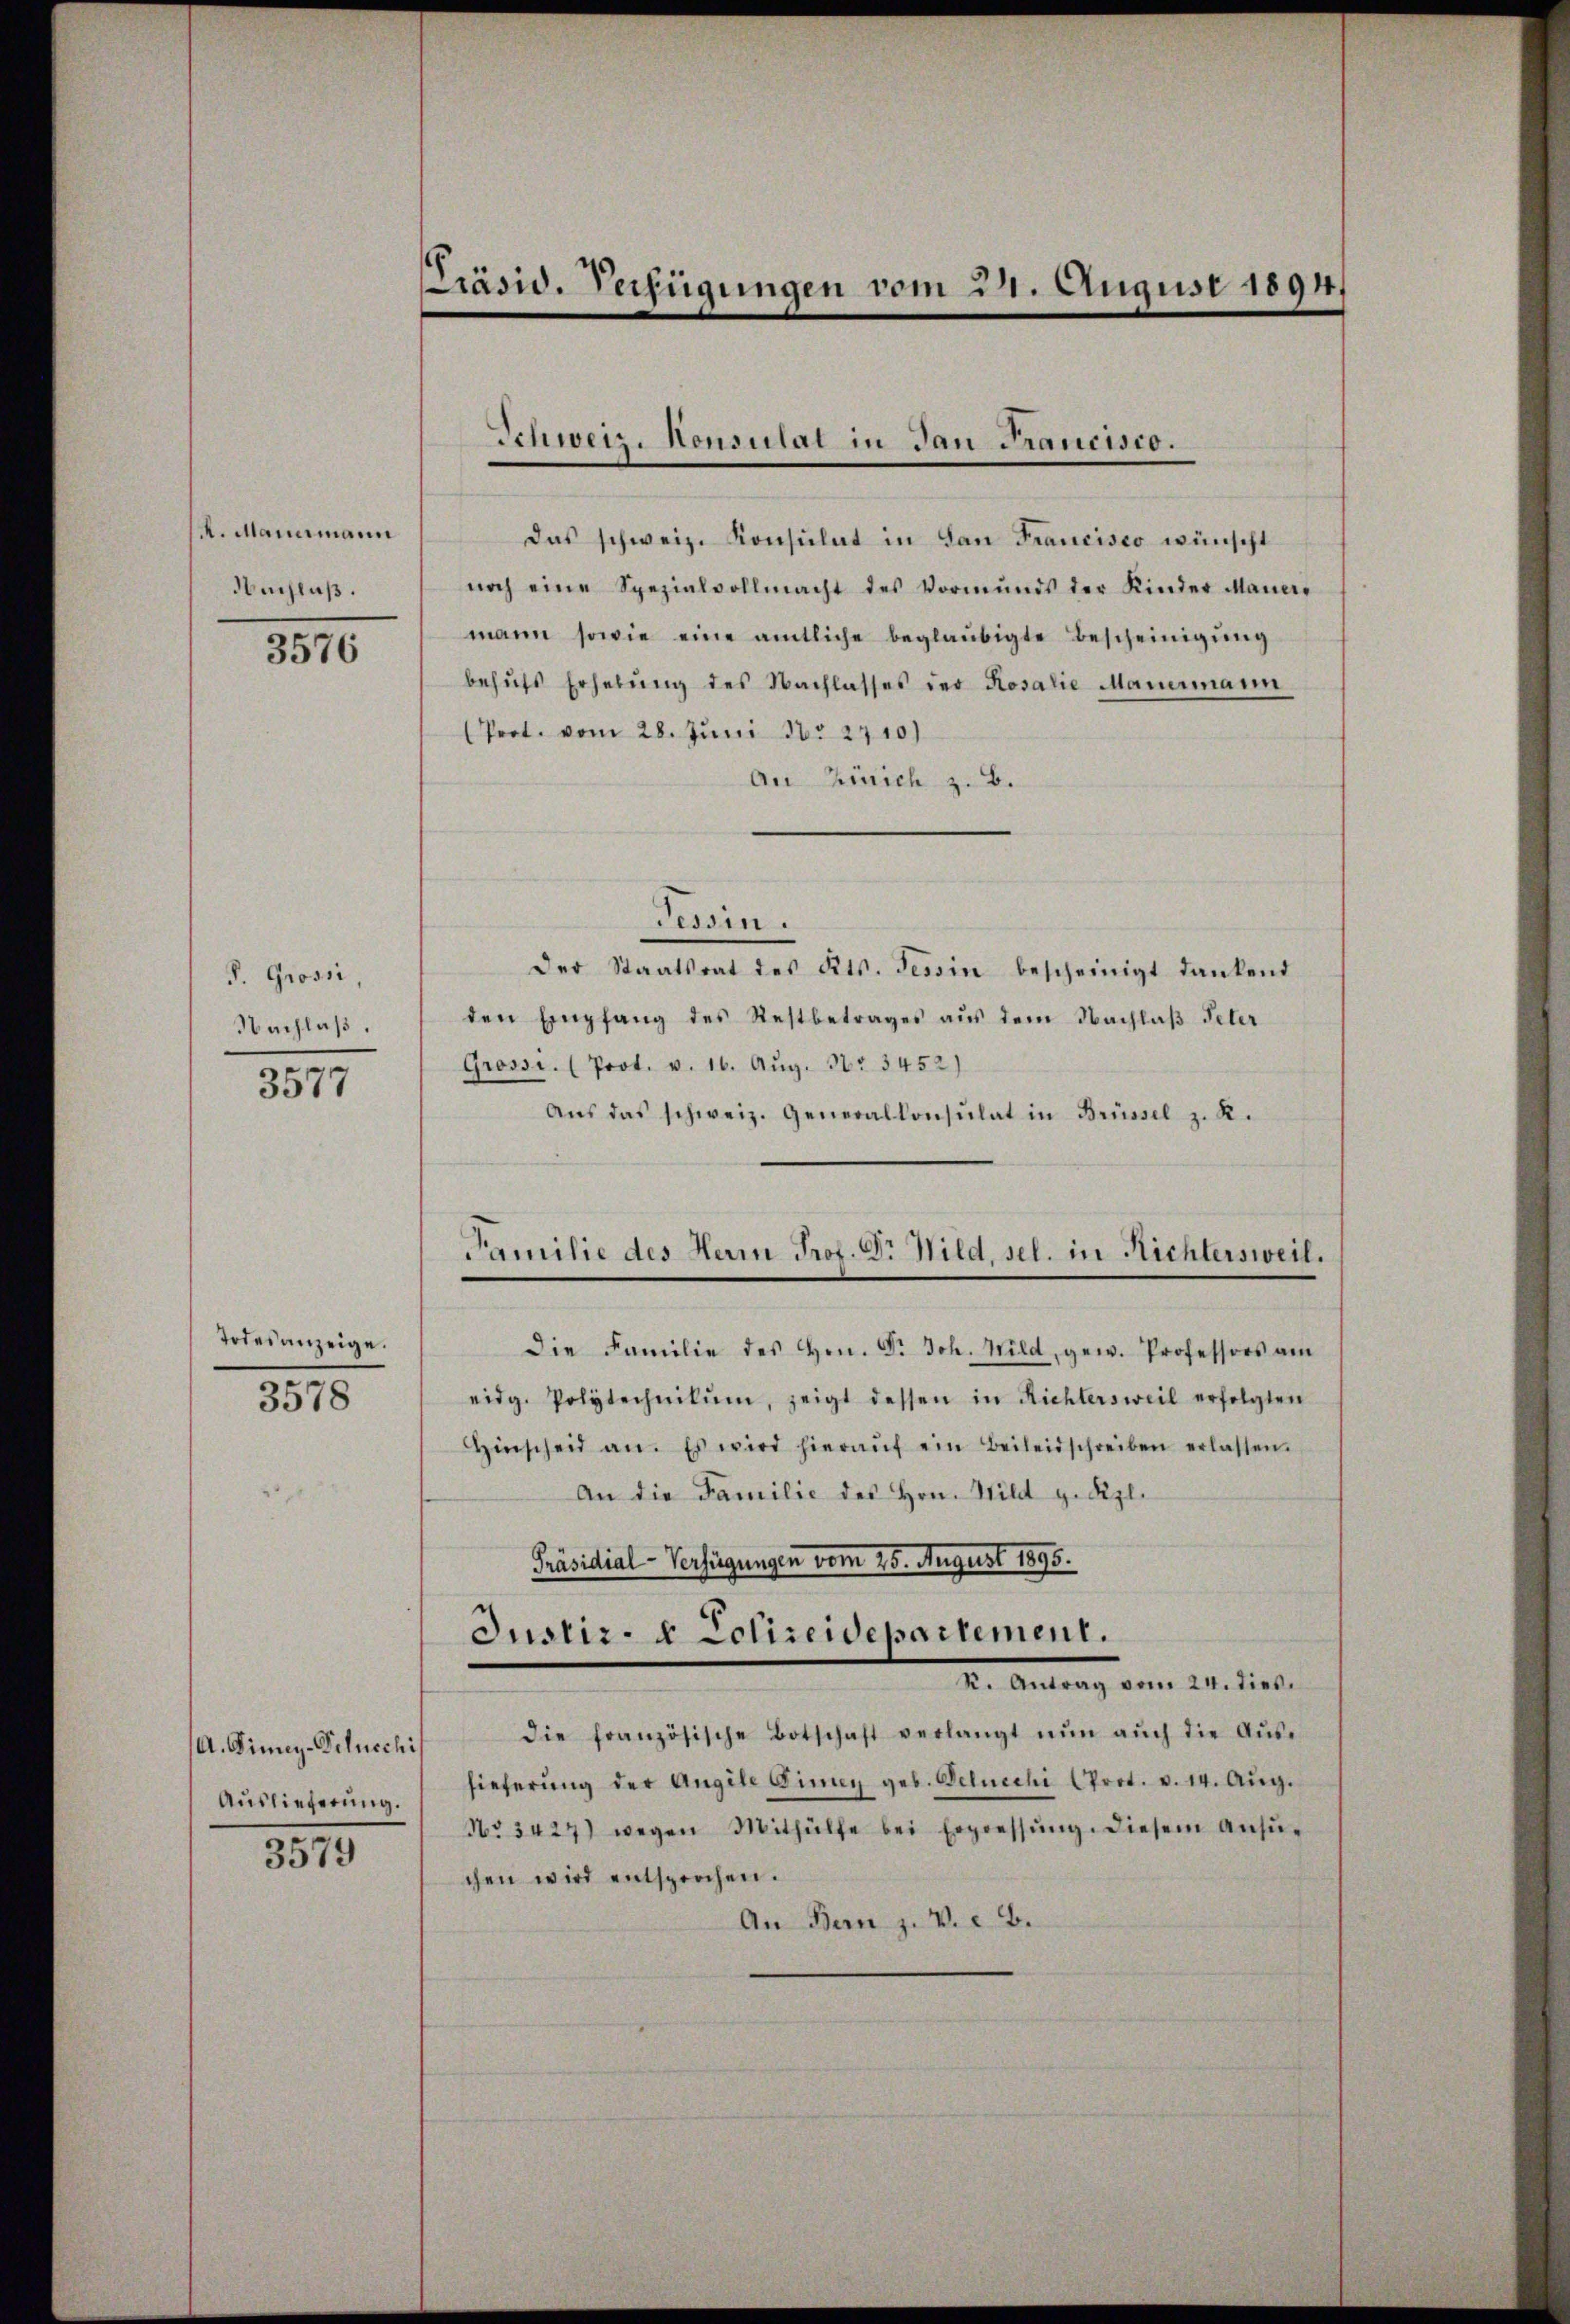
A. Mauermann
Nachlaß.

3576

P. Grossi
Nachlaß.

3577

Todesanzeige.
3578

A. Dimi-Schuechis
Auslieferung.

3579

Präsid. Verfügungen vom 22. August 1894.

Schweiz. Konsulat in dan Francisco.

Das schweiz. Konsulat in San Francisco wünscht
noch eine Spezialvollmacht des Vormŭnds der Kinder Mauer-
mann sowie eine amtliche beglaubigte Bescheinigŭng
behufs Erhebung des Nachlasses der Rosalie Mauermann
(Peot. vom 28. Juni No 2710)
An Zürich z. B.
Tessin.
Der Staatsrat des Kts. Tessin bescheinigt dankend
den Empfang des Restbetrages aus dem Nachlaß Peter
Grosse. (Prot. v. 16. Aŭg. Nr. 3452)
Aŭs das schweiz. Generalkonsulat in Brüssel z. R.
Familie des Herrn Prof. Dr. Wild, sel. in Richtersweil.
Die Familie des Hrn. F. Joh. Wild, gew. Professors am
eidg. Polytechnikum, zeigt dessen in Richtersweil erfolgten
inscheid an. Es wird hieraŭf ein Beileidschreiben erlassen.
An die Familie des Hrn. Wild g. Kzl.
Präsidial-Verfügungen vom 25. August 1895.
Justiz- & Polizeidepartement.
Dr. Antrag vom 21. diese
die französische Botschaft verlangt nŭn aŭch die Aŭs-
hieferŭng der Angele Finny geb. Benechi (Prot. v. 14. Aŭg.
No 3427) wegen Mithülfe bei Erpressŭng. Diesem Ansŭ-
chen wird entsprochen.
An Bern z. V. B.